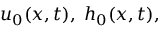
u _ { 0 } ( x , t ) , \; h _ { 0 } ( x , t ) ,